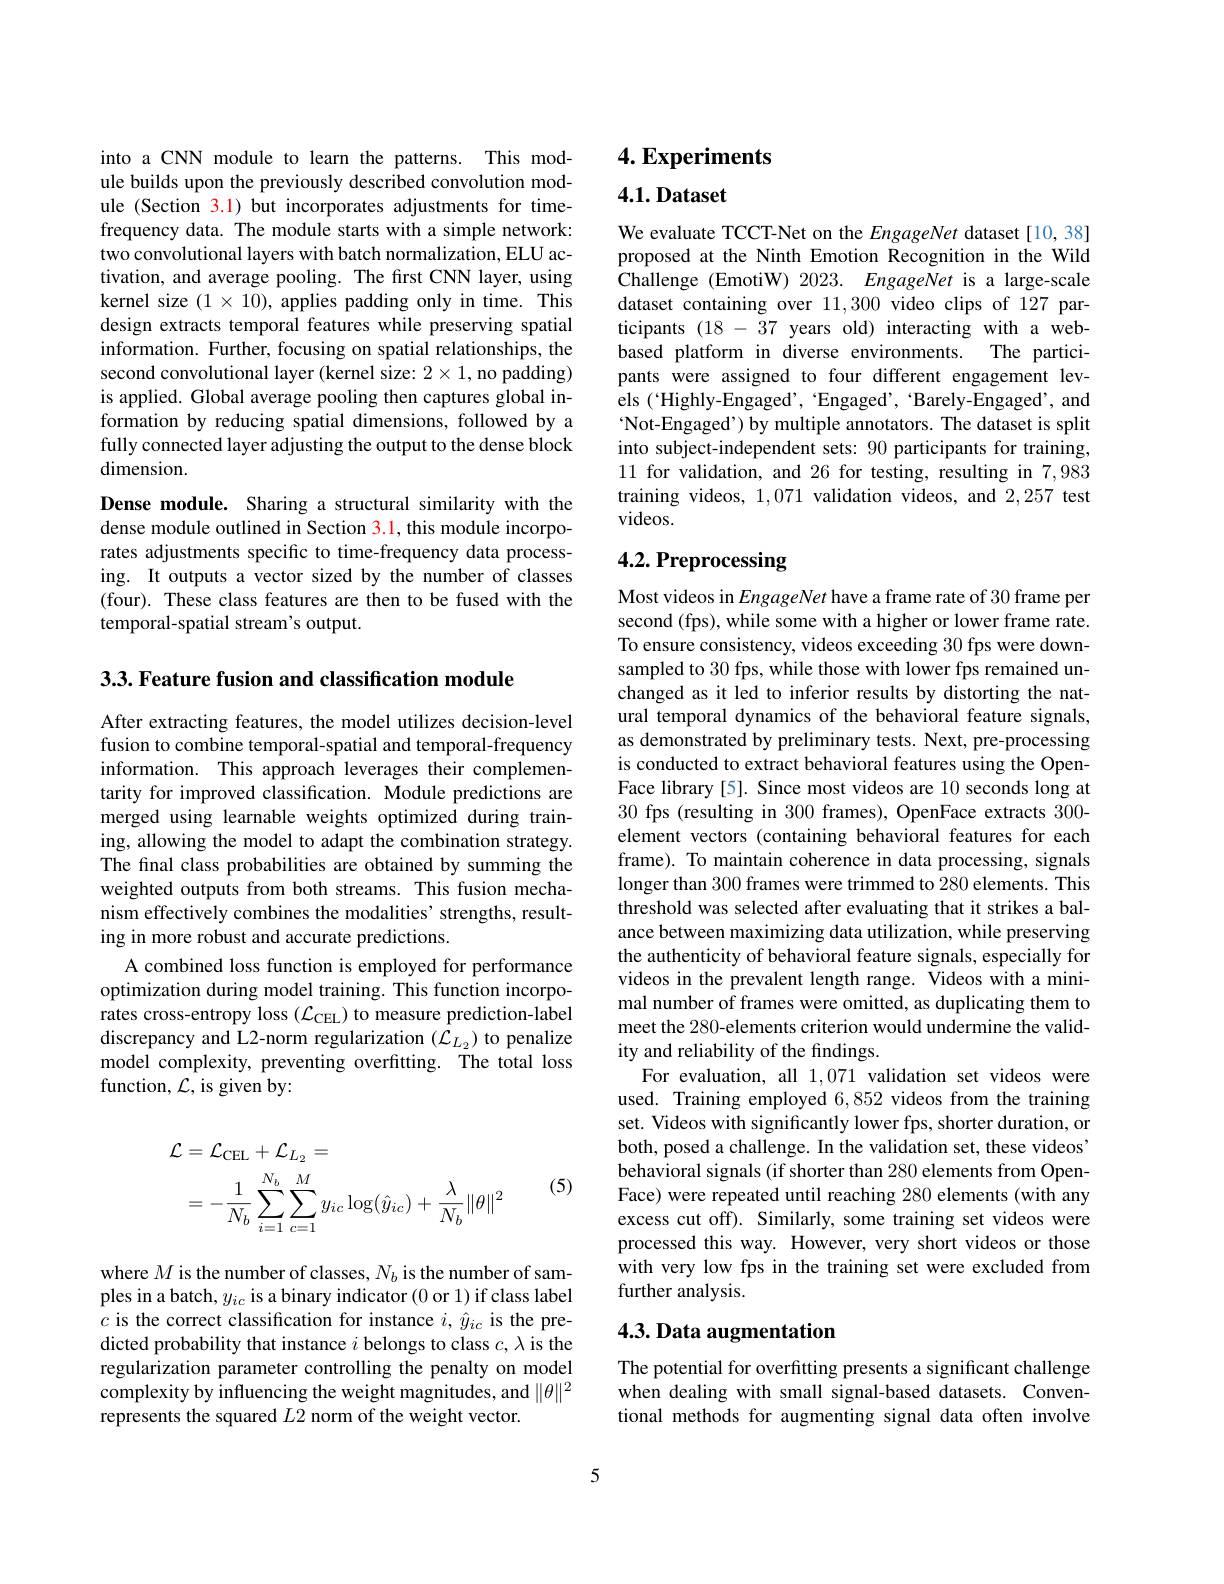
into a CNN module to learn the patterns. This module builds upon the previously described convolution module (Section 3.1) but incorporates adjustments for timefrequency data. The module starts with a simple network: two convolutional layers with batch normalization, ELU activation, and average pooling. The first CNN layer, using kernel size $(1\times10)$, applies padding only in time. This design extracts temporal features while preserving spatial information. Further, focusing on spatial relationships, the second convolutional layer (kernel size: $2\times1$,no padding) is applied. Global average pooling then captures global information by reducing spatial dimensions, followed by a fully connected layer adjusting the output to the dense block dimension.
Dense module. Sharing a structural similarity with the dense module outlined in Section 3.1, this module incorporates adjustments specific to time-frequency data processing. It outputs a vector sized by the number of classes (four). These class features are then to be fused with the temporal-spatial stream's output.

3.3. Feature fusion and classification module

After extracting features, the model utilizes decision-level fusion to combine temporal-spatial and temporal-frequency information. This approach leverages their complementarity for improved classification. Module predictions are merged using learnable weights optimized during training, allowing the model to adapt the combination strategy. The final class probabilities are obtained by summing the weighted outputs from both streams. This fusion mechanism effectively combines the modalities' strengths, resulting in more robust and accurate predictions.
A combined loss function is employed for performance optimization during model training. This function incorporates cross-entropy loss $(\mathcal{L}_\mathrm{CEL})$ to measure prediction-label discrepancy and L2-norm regularization $(\mathcal{L}_{L_2})$ to penalize model complexity, preventing overfitting. The total loss function, $\mathcal{L}$, is given by:

(5)
$$\begin{aligned}\text{L}&=\mathcal{L}_{\mathrm{CEL}}+\mathcal{L}_{L_{2}}=\\&=-\frac{1}{N_{b}}\sum_{i=1}^{N_{b}}\sum_{c=1}^{M}y_{ic}\log(\hat{y}_{ic})+\frac{\lambda}{N_{b}}\|\theta\|^{2}\end{aligned}$$
where $M$ is the number of classes, $N_b$ is the number of samples in a batch, $y_ic$ is a binary indicator (0 or 1) if class label $c$ is the correct classification for instance $i,\hat{y}_{ic}$ is the predicted probability that instance $i$ belongs to class $c,\lambda$ is the regularization parameter controlling the penalty on model complexity by influencing the weight magnitudes, and $\|\theta\|^2$ represents the squared $L2$ norm of the weight vector.

4. Experiments

$4. 1. \textbf{Dataset}$

We evaluate TCCT-Net on the EngageNet dataset[10,38] proposed at the Ninth Emotion Recognition in the Wild Challenge (EmotiW) 2023. EngageNet is a large-scale dataset containing over 11,300 video clips of 127 participants (18-37 years old) interacting with a webbased platform in diverse environments. The participants were assigned to four different engagement levels (“Highly-Engaged’,“Engaged’,‘Barely-Engaged’,and $`$Not-Engaged') by multiple annotators. The dataset is split into subject-independent sets: 90 participants for training, 11 for validation, and 26 for testing, resulting in 7,983 training videos, 1,071 validation videos, and 2,257 test videos.

# 4.2. Preprocessing

Most videos in EngageNet have a frame rate of 30 frame per second (fps), while some with a higher or lower frame rate. To ensure consistency, videos exceeding 30 fps were downsampled to 30 fps, while those with lower fps remained unchanged as it led to inferior results by distorting the natural temporal dynamics of the behavioral feature signals, as demonstrated by preliminary tests. Next, pre-processing is conducted to extract behavioral features using the OpenFace library [5]. Since most videos are 10 seconds long at 30 fps (resulting in 300 frames), OpenFace extracts 300- element vectors (containing behavioral features for each frame). To maintain coherence in data processing, signals longer than 300 frames were trimmed to 280 elements. This threshold was selected after evaluating that it strikes a balance between maximizing data utilization, while preserving the authenticity of behavioral feature signals, especially for videos in the prevalent length range. Videos with a minimal number of frames were omitted, as duplicating them to meet the 280-elements criterion would undermine the validity and reliability of the findings.
For evaluation, all 1,071 validation set videos were used. Training employed 6,852 videos from the training set. Videos with significantly lower fps, shorter duration, or both, posed a challenge. In the validation set, these videos' behavioral signals (if shorter than 280 elements from OpenFace) were repeated until reaching 280 elements (with any excess cut off). Similarly, some training set videos were processed this way. However, very short videos or those with very low fps in the training set were excluded from further analysis.

## 4.3. Data augmentation

The potential for overfitting presents a significant challenge when dealing with small signal-based datasets. Conventional methods for augmenting signal data often involve

5